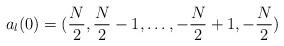
LaTeX: \begin{align*}a_l(0) = ({N \over 2}, {N \over 2} - 1, \dots , -{N \over 2} + 1, - {N \over 2} )\end{align*}